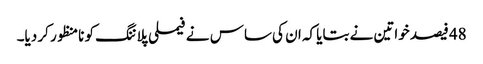
48 فیصد خواتین نے بتایا کہ ان کی ساس نے فیملی پلاننگ کو نامنظور کر دیا۔